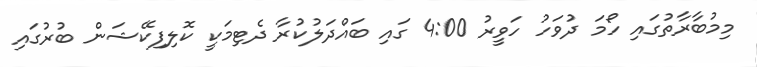
މިމުބާރާތުގައި ހޯމަ ދުވަހު ހަވީރު 4:00 ގައި ބައްދަލުކުރާ ދެޓިމަކީ ކޮލިފިކޭޝަން ބުރުގައި